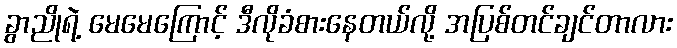
ခွာညိုရဲ့ မေမေကြောင့် ဒီလိုခံစားနေတယ်လို့ အပြစ်တင်ချင်တာလား